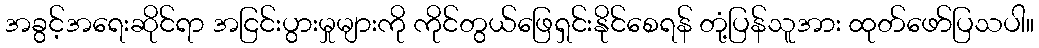
အခွင့်အရေးဆိုင်ရာ အငြင်းပွားမှုများကို ကိုင်တွယ်ဖြေရှင်းနိုင်စေရန် တုံ့ပြန်သူအား ထုတ်ဖော်ပြသပါ။